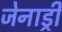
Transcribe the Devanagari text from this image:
जेनाड्री